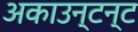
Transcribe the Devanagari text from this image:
अकाउन्टन्ट